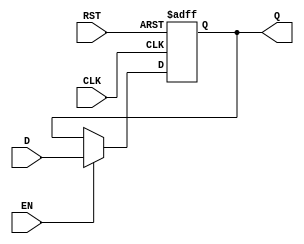
`timescale 1ns / 1ps

module PC_Register #(parameter WIDTH = 32)(
    input [WIDTH-1:0] D,
    input CLK,EN,RST,
    output reg [WIDTH-1:0] Q
    );
    always @(posedge CLK or posedge RST) begin
        if(RST) Q<=0;
        else if(EN) Q<=D;
    end
endmodule